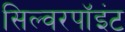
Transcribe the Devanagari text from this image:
सिल्वरपॉइंट